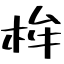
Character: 桙